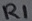
Text: R1